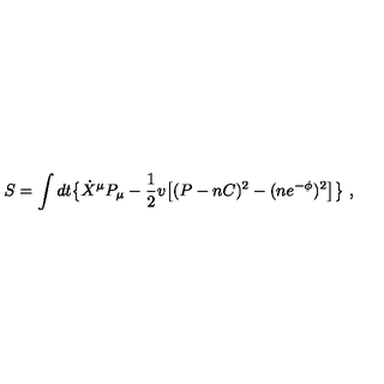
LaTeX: S = \int d t \big \{ \dot { X } ^ { \mu } P _ { \mu } - { \frac { 1 } { 2 } } v \big [ ( P - n C ) ^ { 2 } - ( n e ^ { - \phi } ) ^ { 2 } \big ] \big \} \ ,